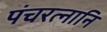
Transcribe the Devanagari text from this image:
पंचरत्नानि